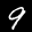
Label: 9